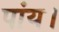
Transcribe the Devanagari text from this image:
पांय।